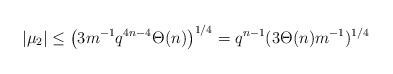
LaTeX: \begin{align*}|\mu_2| \le \left( 3 m^{-1} q^{4n-4} \Theta(n) \right)^{1/4} = q^{n-1} (3 \Theta(n) m^{-1} )^{1/4}\end{align*}